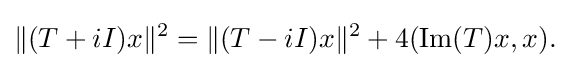
\displaystyle {\|(T+iI)x\|^{2}=\|(T-iI)x\|^{2}+4(\mathrm {Im} (T)x,x).}